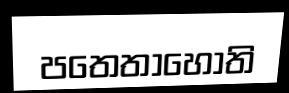
පතෙතාහොති